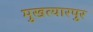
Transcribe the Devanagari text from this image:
मुखत्यारपुर